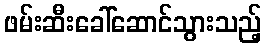
ဖမ်းဆီးခေါ်ဆောင်သွားသည့်